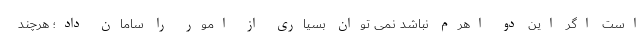
است اگر این دو اهرم نباشد نمی توان بسیاری از امور را سامان داد؛ هرچند